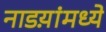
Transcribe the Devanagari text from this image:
नाडय़ांमध्ये